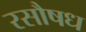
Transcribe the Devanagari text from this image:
रसौषध